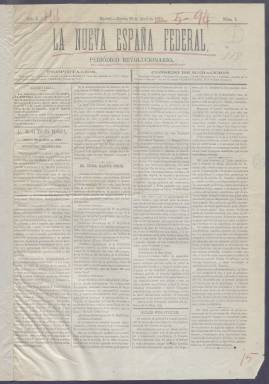
Título: La Nueva España federal
Colección: Periódicos
Ámbito geográfico: Madrid
Lugar de publicación: Madrid
Fechas: 22/04/1873-26/04/1873

Este periódico madrileño de 1873 nació tras la proclamación por las Cortes el 11 de febrero de ese año de la Primera República Española, que hasta su disolución en diciembre de 1874 tuvo cuatro presidentes de Gobiernos partidarios de la República federal y un presidente de la República unitaria, el general Serrano. Cuando salió este diario estaba en el poder el primer presidente, Estanislao Figueras.

   La Nueva España federal parece ser continuación de otro periódico con el título La España federal, como lo sugiere el hecho de que en su portada anuncie que se hace cargo de sus suscripciones. Ambas publicaciones fueron efímeras. La España federal había comenzado su andadura el 1 de marzo y su continuación comenzó el 22 de abril. La corta de vida de estos diarios al igual que de otros está motivada por las convulsiones políticas y sociales de ese año.

   La I República española tuvo que hacer frente al mismo tiempo a tres conflictos armados: La guerra de Cuba, la rebelión cantonal, que empezaría en julio y la guerra carlista, que no se pudo sofocar hasta 1876.

   La Biblioteca Nacional de España solo posee cinco números de La Nueva España federal, diario que en su subtítulo se proclamaba abiertamente revolucionario y que animaba al Gobierno a proclamar sin demora el Estado federal. El proyecto de Constitución federal, que no llegaría a aprobarse, fue redactado por Emilio Castelar, que también ejerció de presidente de la República.

 Se trata de un periódico muy politizado en el que los artículos de fondo con su ideario prevalecen sobre la información propiamente dicha, aunque dedicaba algunos apartados a dar información oficial, del extranjero y de provincias, así como noticias varias. No faltaba tampoco la información de espectáculos, que se completaba con algunos anuncios en la última de sus cuatro páginas.

   El diario publicaba en su cabecera el nombre de sus propietarios y el de los miembros de su consejo de redacción. Destaca entre los primeros Mariano Val y Jiménez, abogado protestante partidario, naturalmente, de separación de la Iglesia y del Estado y de la libertad cultos que la abortada Constitución garantizaba.

[Descripción publicada el 11/09/2023]